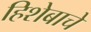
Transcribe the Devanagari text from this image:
हिशेबाचे